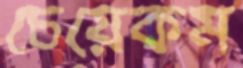
চেয়েকম